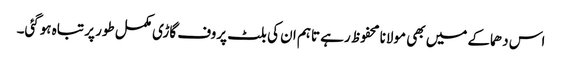
اس دھماکے میں بھی مولانا محفوظ رہے تاہم ان کی بلٹ پروف گاڑی مکمل طور پر تباہ ہوگئی۔